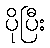
ပိုပြီး